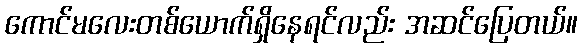
ကောင်မလေးတစ်ယောက်ရှိနေရင်လည်း အဆင်ပြေတယ်။